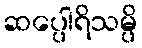
ဆပ္ပေါရိသမ္ပိ